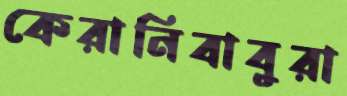
কেরানিবাবুরা